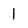
Character: I